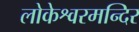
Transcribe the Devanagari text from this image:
लोकेश्वरमन्दिर